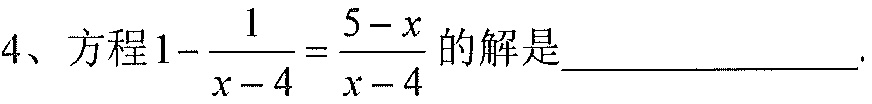
4、方程$1-\dfrac{1}{x - 4}=\dfrac{5 - x}{x - 4}$的解是_____________.